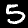
Digit: 5